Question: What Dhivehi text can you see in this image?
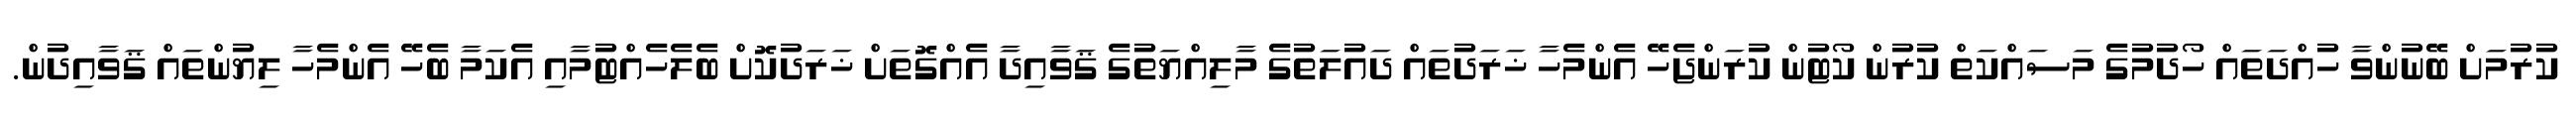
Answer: ކުރުމަށް ބޭނުންވާ ހުއްދަތައް ހޯދުމުގެ މަސައްކަތް ކުރުން ކޯޓުން ކުރަންޖެހޭ އެންމެހާ ޚަރަދުތައް ދައުލަތުގެ މާލިއްޔަތުގެ ޤަވާއިދާ އެއްގޮތަށް ޚަރަދުކޮށް ބެލެހެއްޓުމާއި އެކަމާ ބެހޭ އެންމެހާ ލިޔުންތައް ޤަވާއިދުން.